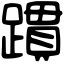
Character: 躀